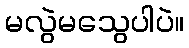
မလွဲမသွေပါပဲ။